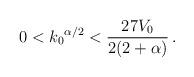
LaTeX: \begin{align*}0 < {k_0}^{\alpha/2} < \frac{27V_0}{2(2 + \alpha)} \,.\end{align*}